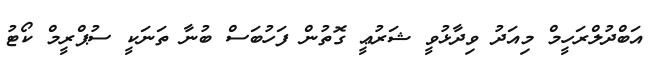
އަބްދުލްރަހީމް މިއަދު ވިދާޅުވީ ޝަރުޢީ ގޮތުން ފަހުބަސް ބުނާ ތަނަކީ ސުޕްރީމް ކޯޓު